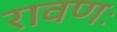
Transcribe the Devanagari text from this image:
रावणः